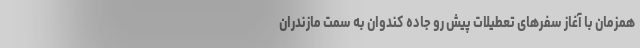
همزمان با آغاز سفرهای تعطیلات پیش رو جاده کندوان به سمت مازندران